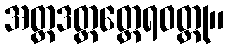
အတ္တဒတ္တတ္ထေရဝတ္ထု။